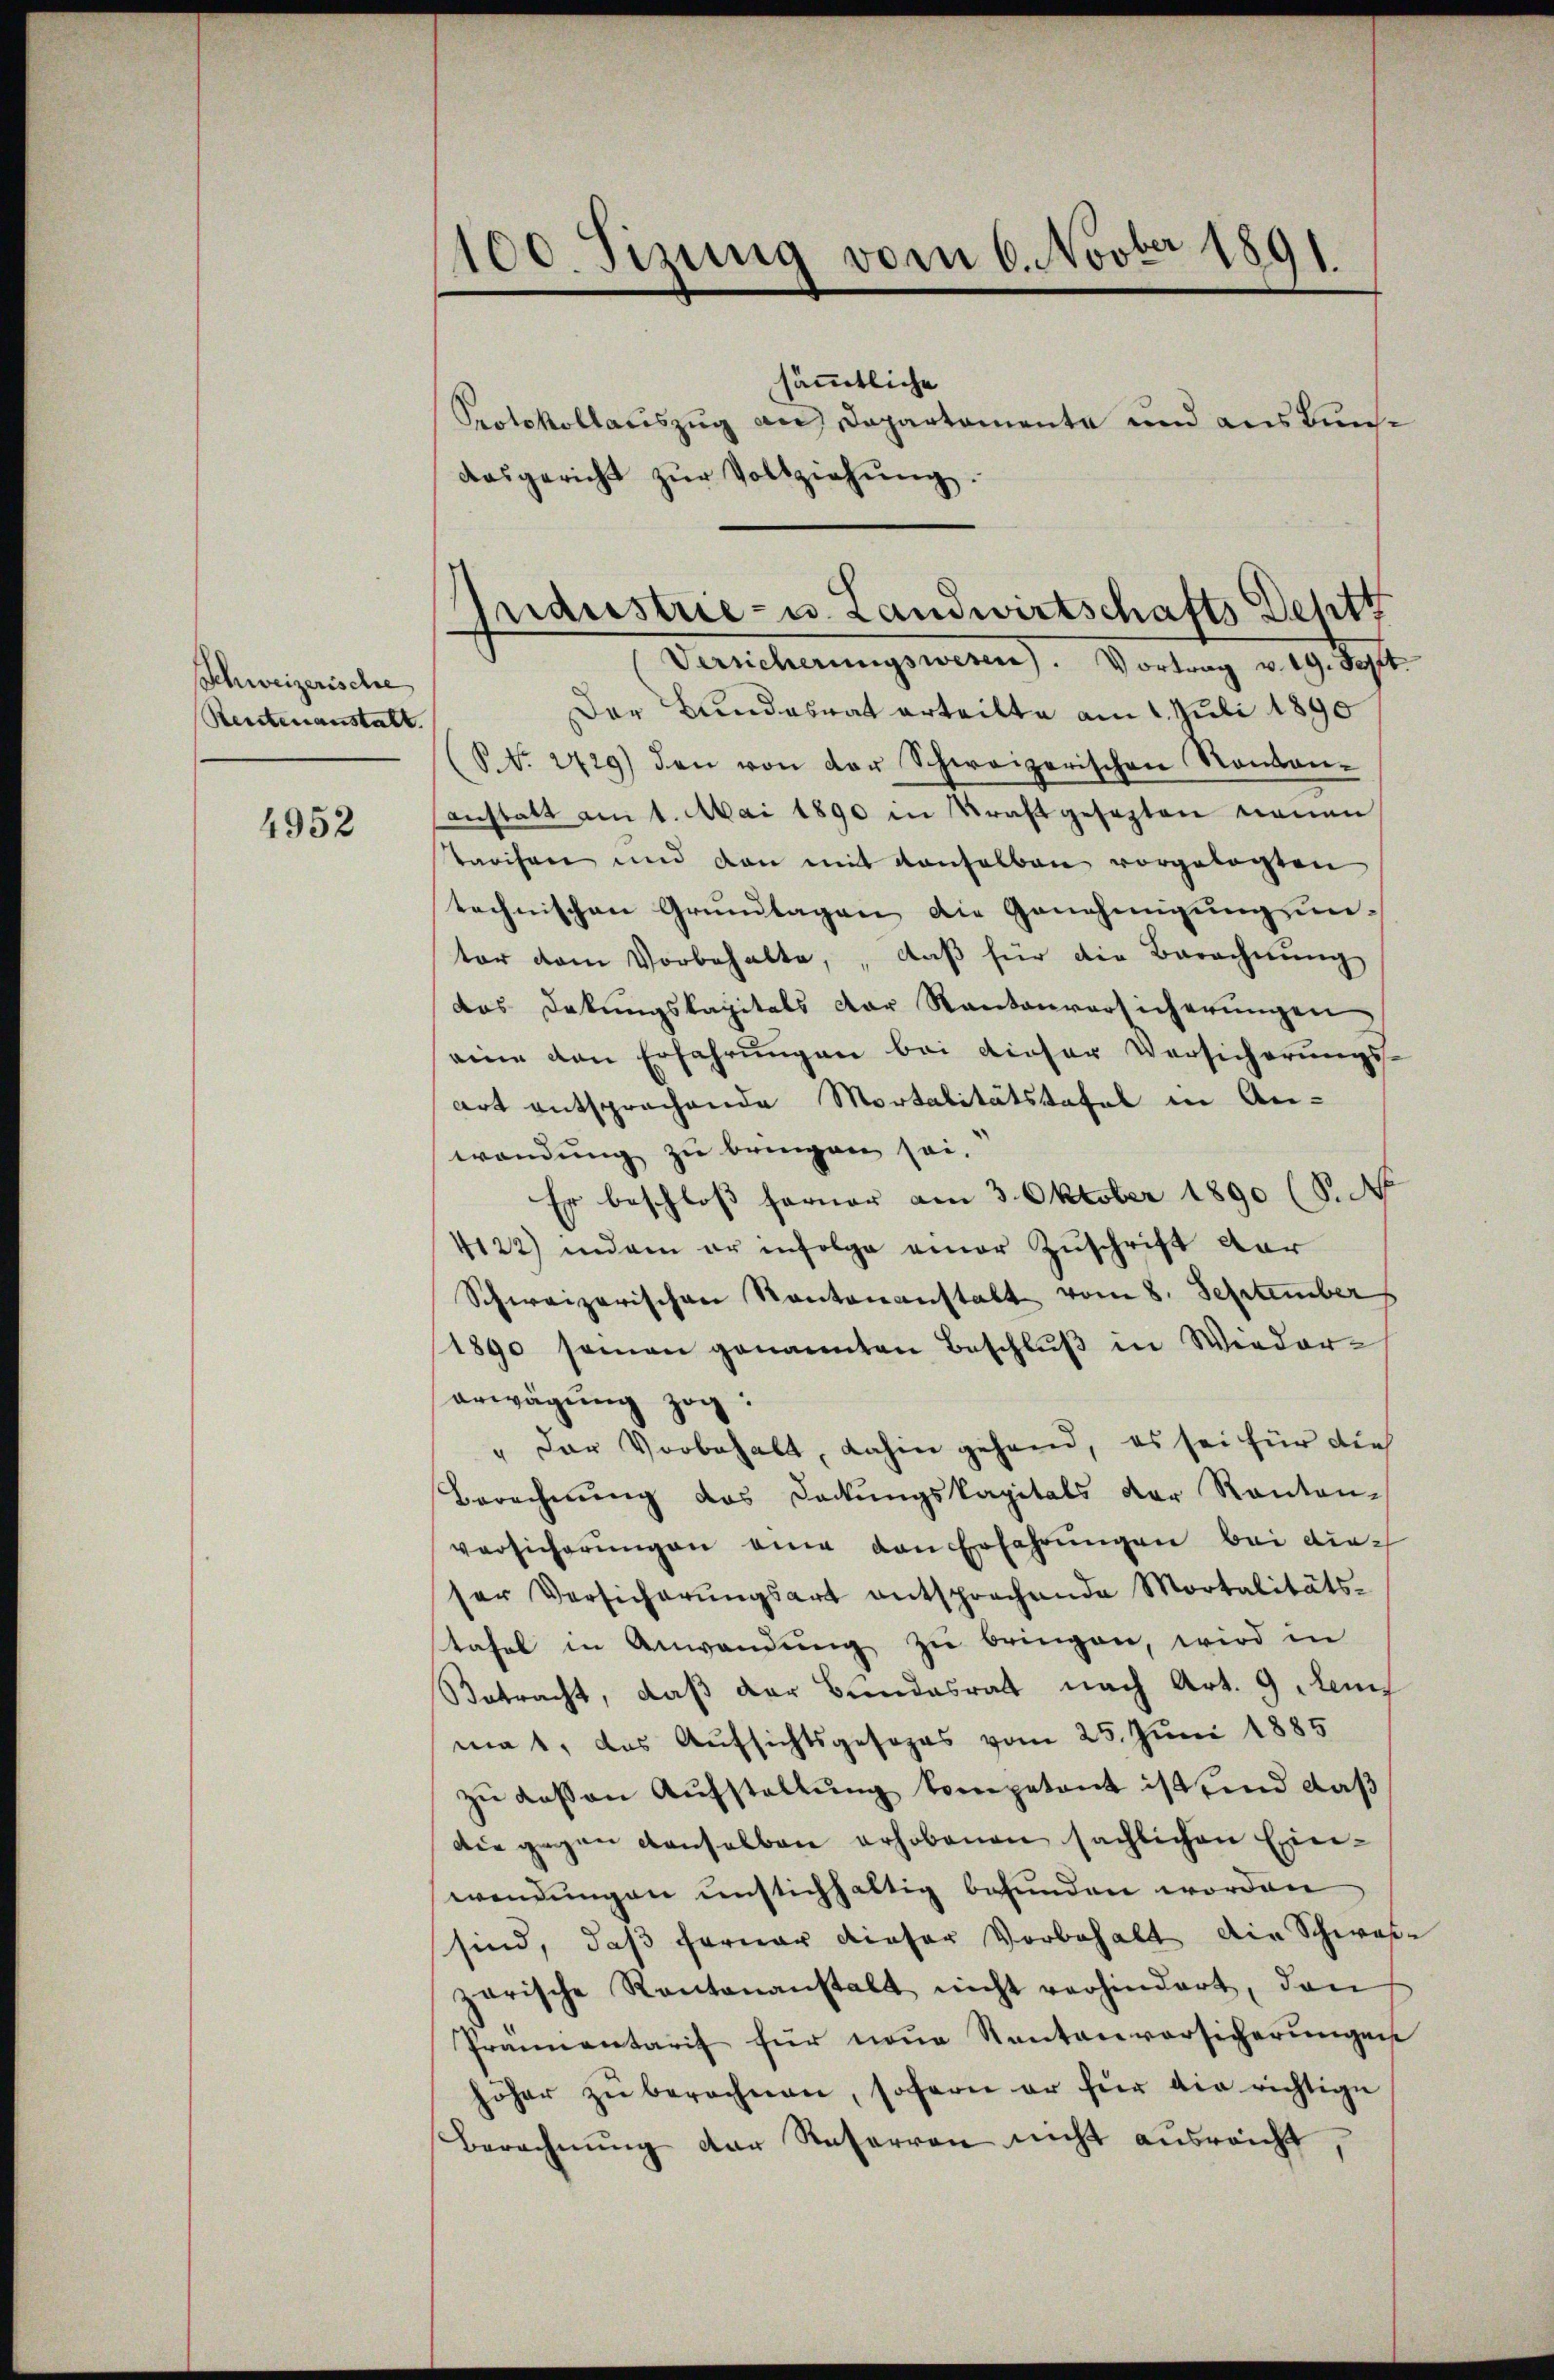
Schweizerische
Reutenanstalt.

4952

100. Tizung vom 6. Novber 1891

sämmtliche
Versicherungswesen. Vortrag v. 19. Sept.
Der Bundesrat erteilte am 1. Juli 1890
P.d. 2229) den von der Schweizerischen Rondan-
anstatt am 4. Mai 1890 in Kraft gesezten neuen
tarifen und dan mit denselben vorgelegten
technischen Grundlagen die Genehmigung untor dem Vorbehalte, daβ für die Berechnŭng
das Dekŭngskapitals der Kantonversicherŭngen
eine von Erfahrungen bei dieser Versicherungs-
art entsprochende Mortalitätstafel in Anwendung zu bringen sei.
Er beschloß ferner am 3. Oktober 1890 (S. N
4122) indem er infolge einer Zuschrift dar
Schweizerischen Kantonanstalt vom 8. September
/1890 samen genannten Beschlŭβ in Wieder-
erwägung zog.
" Der Vorbehalt, dahin gehend, es sei für die
Berechnŭng des Dockŭngskapitals der Kanton-
versicherŭngen an den Erfahrungen bei dieser Versicherŭngsart entsprechende Mortalitäts-
tafel in Anwendŭng zŭ bringen, wird in
Betracht, daß der Bundesrat nach Art. 9 lem
mat, das Aufsichtsgesezes vom 25. Juni 1885
zu deßen Aufstellung kompetent ist, und daß
die gegen denselben erhobenen sächlichen Einwendungen unstichhaltig befunden worden
sind, daß ferner dieser Vorbehalt die Schwaszarische Kantonanstalt nicht verhindert, dan
Prannentarif für neue Sentenvorsicherŭngen
höher zŭ berechnen, soferne er für die richtige
Berechnŭng der Raserren nicht ausreicht,

Protokollauszug an Departamente und auskunaasgericht zŭr Vollziehŭng.

Industrie- u. Landwirtschafts Deptt